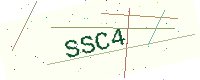
Text: SSC4